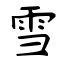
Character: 雪